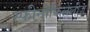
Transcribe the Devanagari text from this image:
स्फीनोफिलेलीज़